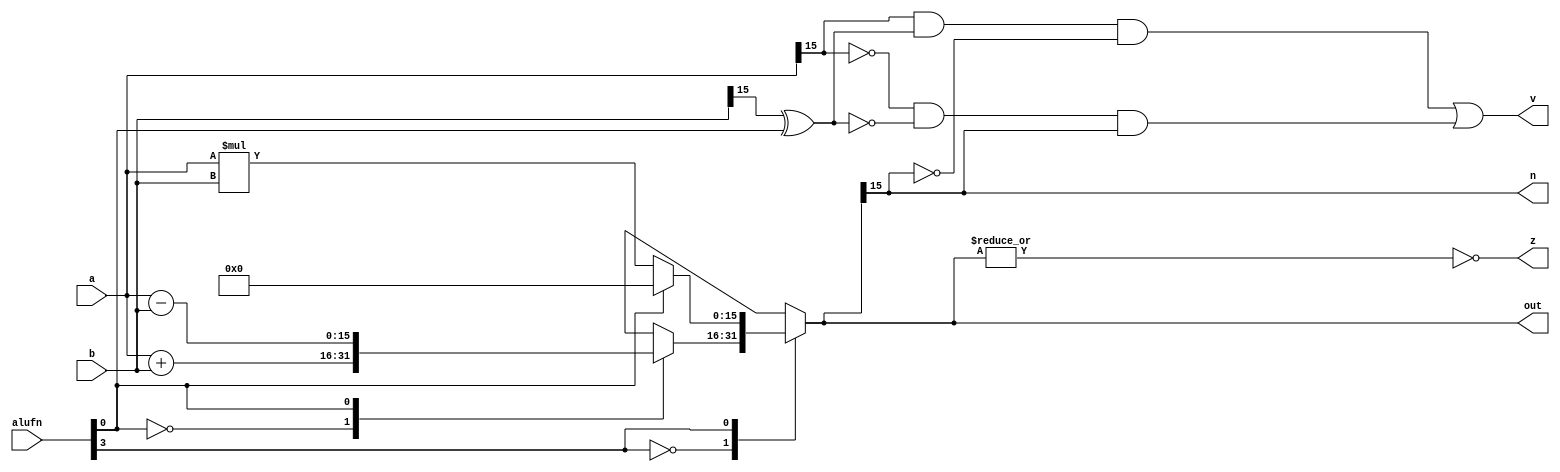
/*
   This file was generated automatically by Alchitry Labs version 1.2.7.
   Do not edit this file directly. Instead edit the original Lucid source.
   This is a temporary file and any changes made to it will be destroyed.
*/

module adder_16_16 (
    input [15:0] a,
    input [15:0] b,
    input [5:0] alufn,
    output reg [15:0] out,
    output reg [0:0] z,
    output reg [0:0] v,
    output reg [0:0] n
  );
  
  
  
  reg [15:0] s;
  
  reg [0:0] alufn0;
  
  always @* begin
    s = 16'h0000;
    alufn0 = alufn[0+0-:1];
    
    case (alufn[3+0-:1])
      1'h0: begin
        
        case (alufn[0+0-:1])
          1'h0: begin
            s = a + b;
          end
          1'h1: begin
            s = a - b;
          end
          default: begin
            s = 16'h0000;
          end
        endcase
      end
      1'h1: begin
        
        case (alufn[0+0-:1])
          1'h0: begin
            s = a * b;
          end
          default: begin
            s = 16'h0000;
          end
        endcase
      end
      default: begin
        s = 16'h0000;
      end
    endcase
    z = ~(|s);
    v = (a[15+0-:1] & (b[15+0-:1] ^ alufn0) & ~s[15+0-:1]) | (~a[15+0-:1] & ~(b[15+0-:1] ^ alufn0) & s[15+0-:1]);
    n = s[15+0-:1];
    out = s;
  end
endmodule